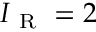
I _ { \mathrm { ~ R ~ } } = 2